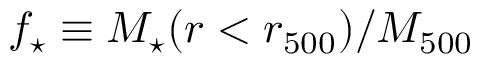
f _ { \star } \equiv M _ { \star } ( r < r _ { 5 0 0 } ) / M _ { 5 0 0 }